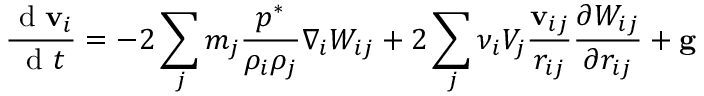
\frac { \mathrm { ~ d ~ } \mathbf { v } _ { i } } { \mathrm { ~ d ~ } t } = - 2 \sum _ { j } m _ { j } \frac { { p } ^ { * } } { \rho _ { i } \rho _ { j } } \nabla _ { i } W _ { i j } + 2 \sum _ { j } \nu _ { i } V _ { j } \frac { \mathbf { v } _ { i j } } { r _ { i j } } \frac { \partial W _ { i j } } { \partial r _ { i j } } + \mathbf { g }